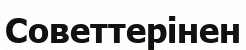
Советтерінен